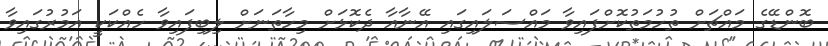
ބޮންޑޭގެ މައްޗަށް ތުހުމަތުކޮށްފައިވާ މައްސަލައިގައި އޭނާއާ ދެކޮޅަށް މިހާތަނަށް ލިބިފައިވާ ހެއްކަކީ އަމުރުގައިވާ